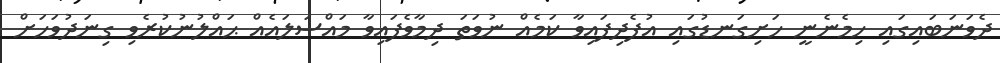
ދެވަނަބައިގައި ހިމެނެނީ ހަށިގަނޑުގައި އުފެދިފައިވާ ކަމެއް ނުވަތަ ދިމާވެފައިވާ މައްސަލައެއް ޙައްލުނުކުރެވި ގިނަދުވަހަށް